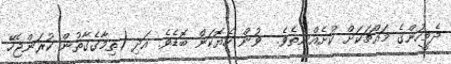
ދެމީހުންގެ މައްޗަކަށް ކުށެއްނެތެވެ.  ވުން ހެޔޮކަން ބޮޑެވެ. އަދި (ތިމާގެގާތުން ކުރަންޖެހޭ